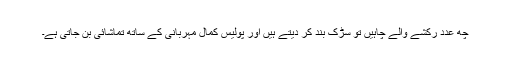
چھ عدد رکشے والے چاہیں تو سڑک بند کر دیتے ہیں اور پولیس کمال مہربانی کے ساتھ تماشائی بن جاتی ہے۔